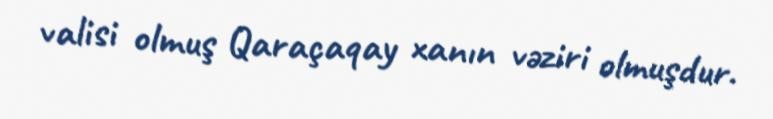
valisi olmuş Qaraçaqay xanın vəziri olmuşdur.